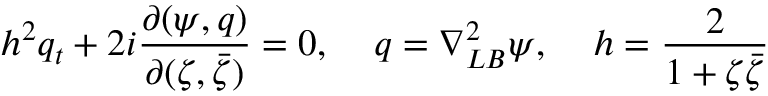
h ^ { 2 } q _ { t } + 2 i \frac { \partial ( \psi , q ) } { \partial ( \zeta , \bar { \zeta } ) } = 0 , \; \; \; \; q = \nabla _ { L B } ^ { 2 } \psi , \; \; \; \; h = \frac { 2 } { 1 + \zeta \bar { \zeta } }